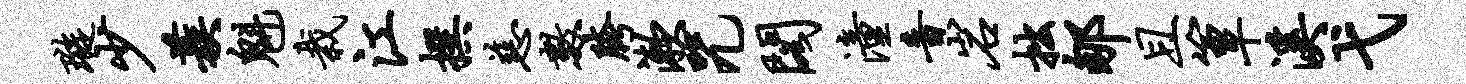
璇少蔟魁栽江撰慈数胯漱咒阁潼音岩拙郇且簟溪弋